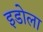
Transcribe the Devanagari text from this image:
इडोला